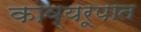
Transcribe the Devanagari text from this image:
काव्यरूपात